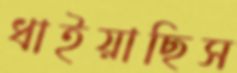
ধাইয়াছিস